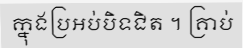
ក្នុងប្រអប់បិទជិត ។ គ្រាប់